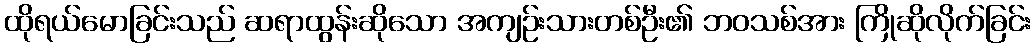
ထိုရယ်မောခြင်းသည် ဆရာထွန်းဆိုသော အကျဉ်းသားတစ်ဦး၏ ဘဝသစ်အား ကြိုဆိုလိုက်ခြင်း